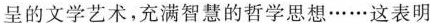
呈的文学艺术，充满智慧的哲学思想……这表明